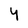
Character: 4